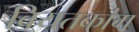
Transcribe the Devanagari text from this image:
वियतकांग